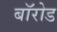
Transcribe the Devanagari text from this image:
बॉरोड